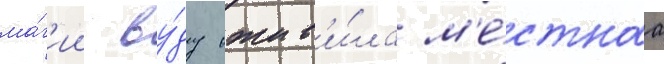
ма́г'ии ву́ду ожив'и́ла м'е́стнаа